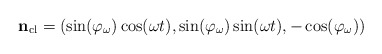
\begin{align*}{\bf n}_{\rm cl}= (\sin(\varphi_{\omega})\cos(\omega t),\sin(\varphi_{\omega})\sin(\omega t), -\cos(\varphi_{\omega})) \end{align*}